Leaving Certificate Examination, 1916
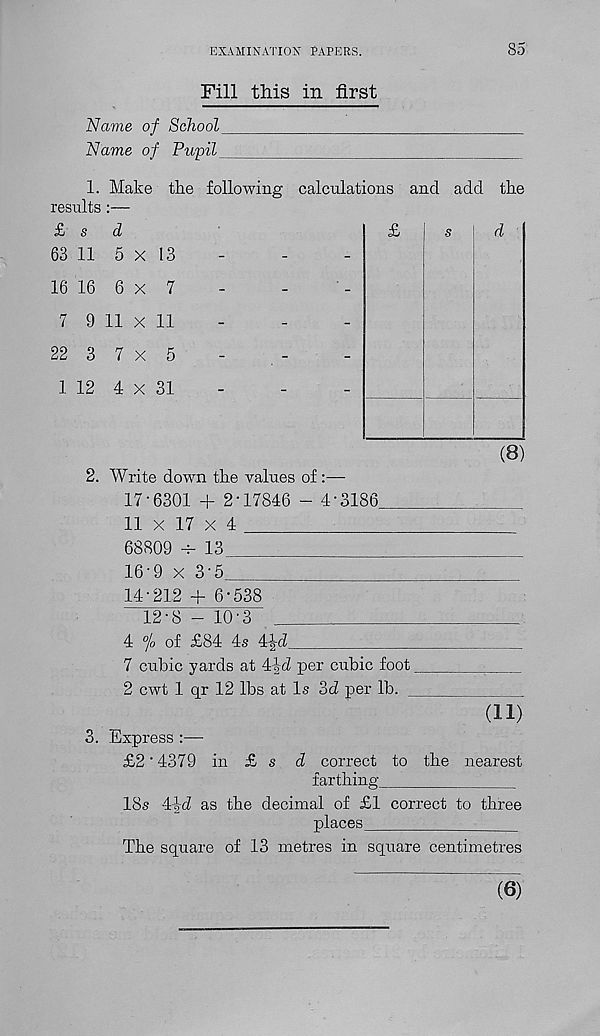
EXAMINATION PAPERS.
85
Fill this in first
Name of School
Name of Pupil
1. Make the following calculations and add the
results:—
£ s
d
63 11 5 x 13
16 16 6 x 7
7 9 11 x 11
22 3 7 x 5
1 12 4 x 31
d
(8)
2. Write down the values of:—
17-6301 + 2-17846 - 4-3186_
11 x 17 x 4
68809 -T- 13
16-9 x 3-5
3.
14-212 + 6-538
12-8 -10-3
4 % of £84 4s 4|d
7 cubic yards at 4-l-d per cubic foot
2 cwt 1 qr 12 lbs at Is 3d per lb.
(11)
Express :—
£2 "4379 in £ s d correct to the nearest
farthing
18s 4-Jd as the decimal of £1 correct to three
places
The square of 13 metres in square centimetres
(6)